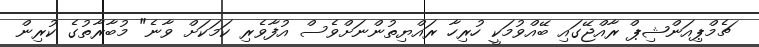
ޗެމްޕިއަންޝިޕް ރާއްޖޭގައި ބޭއްވުމަކީ ހުރިހާ ރައްޔިތުންނަށްވެސް އުފާވެރި ކަމަކަށް ވާނެ" މުބާރާތުގެ ކުރިން